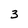
Character: 3